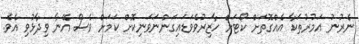
ނެރުނު އަމުރުތަކާ އެއްގޮތަށް ކޯޓަށް ހާޒިރުވެވަޑައިގަންނަވަނިކޮށް ކަމަށް ވެސް އޭނާ ވިދާޅުވި އެވެ.